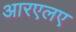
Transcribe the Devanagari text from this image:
आरएलए